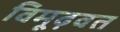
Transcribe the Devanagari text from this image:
विमूढ़वत